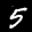
Label: 5